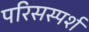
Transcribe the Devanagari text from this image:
परिसस्पर्श